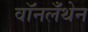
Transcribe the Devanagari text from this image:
वॉनलँथेन